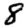
Digit: 8